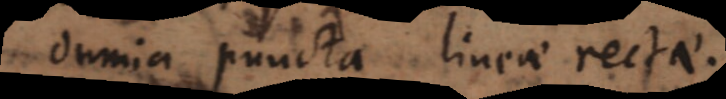
omnia puncta lineae rectae.